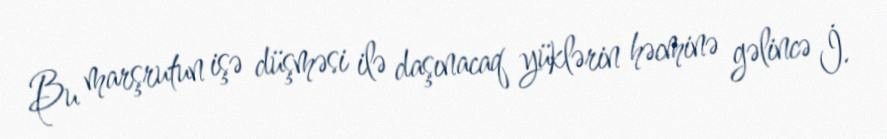
Bu marşrutun işə düşməsi ilə daşınacaq yüklərin həcminə gəlincə İ.